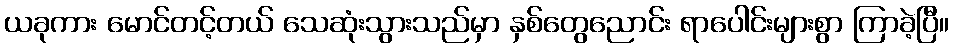
ယခုကား မောင်တင့်တယ် သေဆုံးသွားသည်မှာ နှစ်တွေညောင်း ရာပေါင်းများစွာ ကြာခဲ့ပြီ။